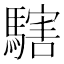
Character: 𩥌